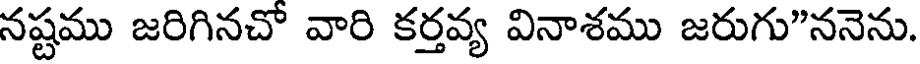
నష్టము జరిగినచో వారి కర్తవ్య వినాశము జరుగు"ననెను.